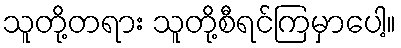
သူတို့တရား သူတို့စီရင်ကြမှာပေါ့။